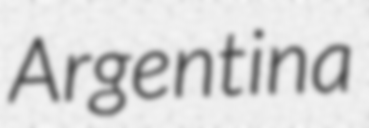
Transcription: Argentina